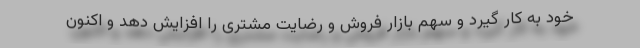
خود به کار گیرد و سهم بازار فروش و رضایت مشتری را افزایش دهد و اکنون